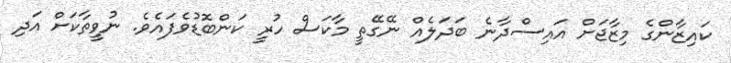
ކައިޒާންގެ މިޒާޖަށް އައިސްދާނެ ބަދަލެއް ނޭގޭތީ މާކަސް ހުރީ ކަންބޮޑުވެފައެވެ. ނުވީތާކަށް އަދި